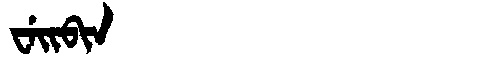
Manchu: ᠸᡝᡳᠪᡳᠨ
Romanization: WEIBIN